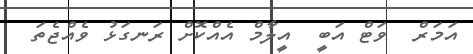
އަމަރް  ވަޓް އަބީ  އީލާމް އެއްކޮށް ރަނގަޅު ވެއްޖެތަ